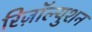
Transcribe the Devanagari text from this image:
रिज़ॉल्युशन